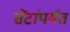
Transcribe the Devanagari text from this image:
सेंटांपर्यंत